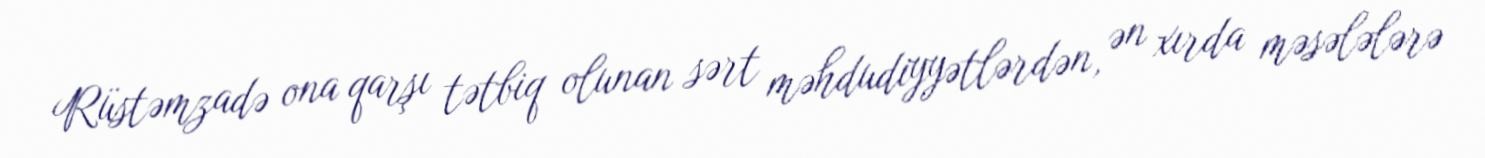
Rüstəmzadə ona qarşı tətbiq olunan sərt məhdudiyyətlərdən, ən xırda məsələlərə